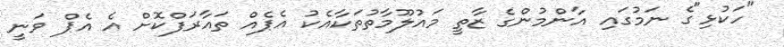
"ހަކުޅި"ގެ ނަމުގައި އާންމުންގެ ޒާތީ މައުލޫމާތުތަކާއެކު އެޕެއް ތައާރަފްކޮށް އެ އެޕް ވަނީ